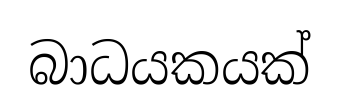
බාධයකයක්